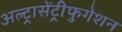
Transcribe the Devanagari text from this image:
अल्ट्रासेंट्रीफुगेशन